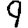
Digit: 9